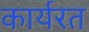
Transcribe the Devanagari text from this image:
कार्यरत